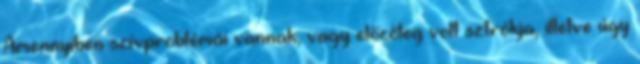
Amennyiben szívproblémái vannak, vagy előzőleg volt sztrókja, illetve úgy